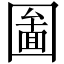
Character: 圗